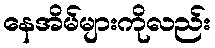
နေအိမ်များကိုလည်း